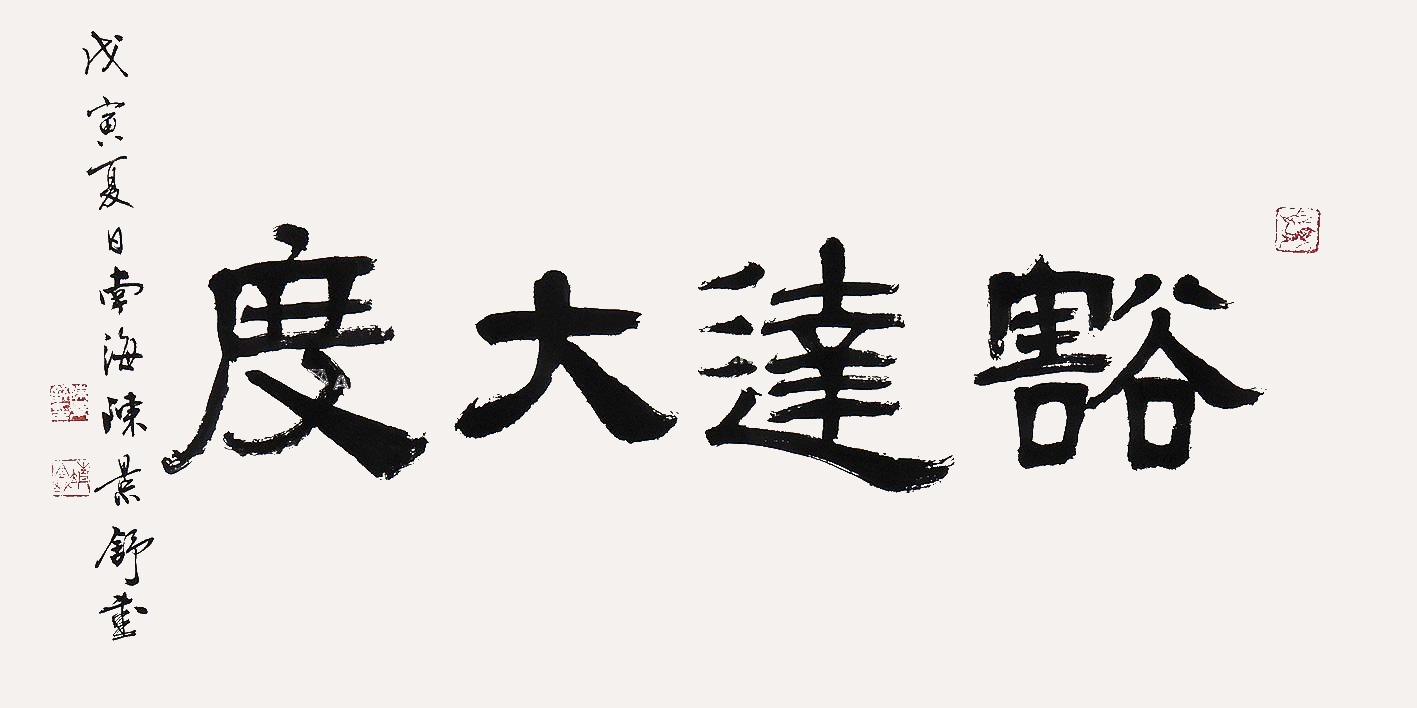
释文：豁达大度戊寅夏日南海陈景舒书。